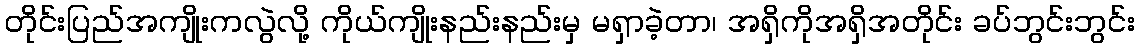
တိုင်းပြည်အကျိုးကလွဲလို့ ကိုယ်ကျိုးနည်းနည်းမှ မရှာခဲ့တာ၊ အရှိကိုအရှိအတိုင်း ခပ်ဘွင်းဘွင်း